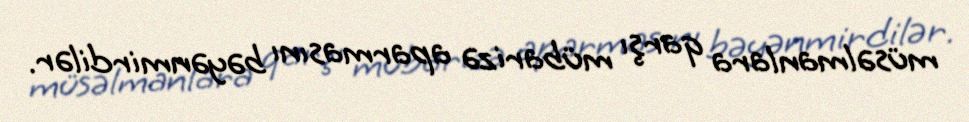
müsəlmanlara qarşı mübarizə aparmasını bəyənmirdilər.